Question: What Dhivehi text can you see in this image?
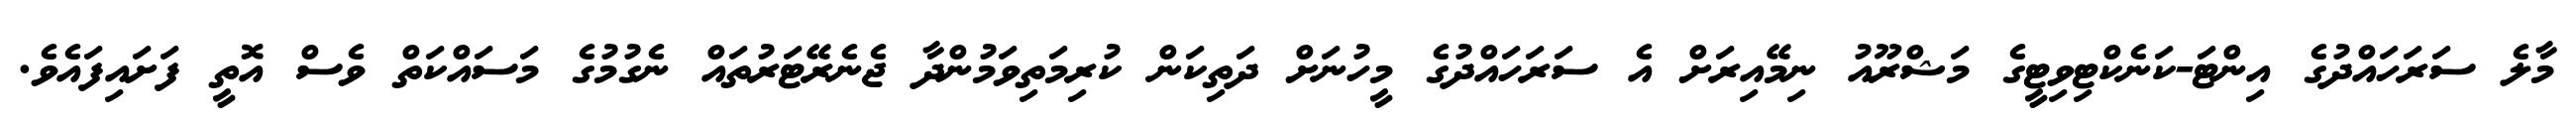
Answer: މާލެ ސަރަހައްދުގެ އިންޓަ-ކަނެކްޓިވިޓީގެ މަޝްރޫއު ނިމޭއިރަށް އެ ސަރަހައްދުގެ މީހުނަށް ދަތިކަން ކުރިމަތިވަމުންދާ ޖެނެރޭޓަރުތައް ނެގުމުގެ މަސައްކަތް ވެސް އޮތީ ފަށައިފައެވެ.